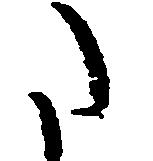
た